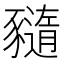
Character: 𧲈